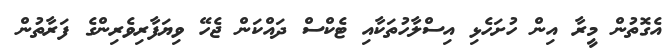
އެގޮތުން މީރާ އިން ހުށަހެޅި އިސްލާހުތަކާއި ޓެކްސް ދައްކަން ޖެހޭ ވިޔަފާރިވެރިންގެ ފަރާތުން